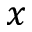
x